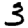
Digit: 3